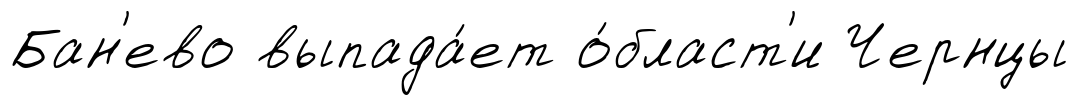
Бан'ево выпада́ет о́бласт'и Чернцы